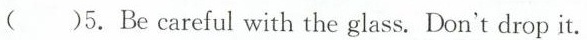
( )5.Be careful with the glass. Don't drop it.